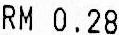
RM 0.28